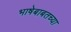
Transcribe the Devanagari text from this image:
भाषेबाबतच्या